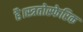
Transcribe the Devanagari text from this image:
है।स्त्रतोस्फेरिक